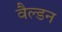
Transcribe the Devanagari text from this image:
वैल्डन